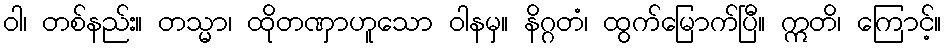
ဝါ၊ တစ်နည်း။ တသ္မာ၊ ထိုတဏှာဟူသော ဝါနမှ။ နိဂ္ဂတံ၊ ထွက်မြောက်ပြီ။ ဣတိ၊ ကြောင့်။